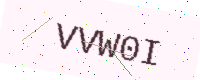
Text: VVW0I